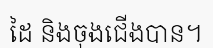
ដៃ និងចុងជើងបាន។